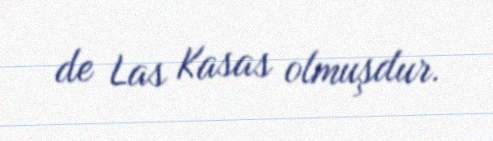
de Las Kasas olmuşdur.